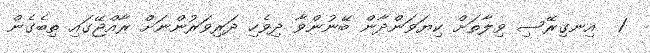
1  އިނގިރޭސި ވިލާތަށް ކިޔަވަންދާން ބޭނުންވާ ދިވެހި ދަރިވަރުންނަށް ރާއްޖޭގައި ތިބެގެން